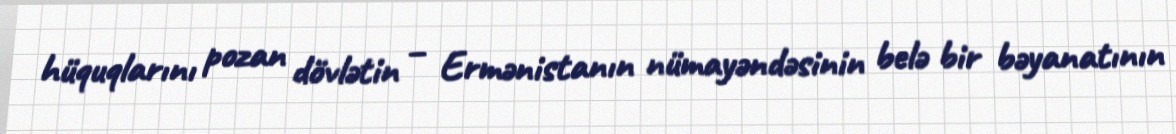
hüquqlarını pozan dövlətin – Ermənistanın nümayəndəsinin belə bir bəyanatının